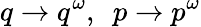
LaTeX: q\rightarrow q^{\omega},\ \ p\rightarrow p^{\omega}